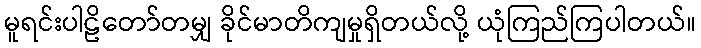
မူရင်းပါဠိတော်တမျှ ခိုင်မာတိကျမှုရှိတယ်လို့ ယုံကြည်ကြပါတယ်။